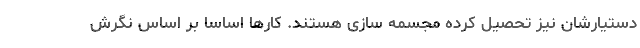
دستیارشان نیز تحصیل کرده مجسمه سازی هستند. کارها اساسا بر اساس نگرش